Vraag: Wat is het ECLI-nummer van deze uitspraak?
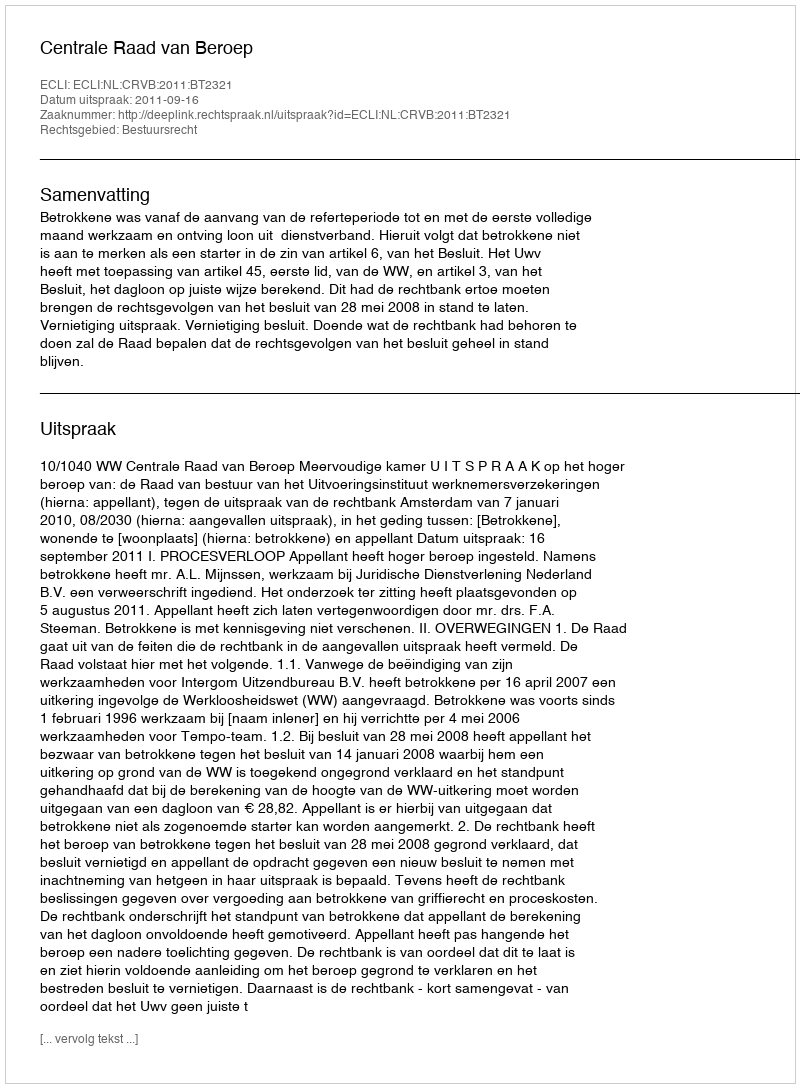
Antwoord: ECLI:NL:CRVB:2011:BT2321